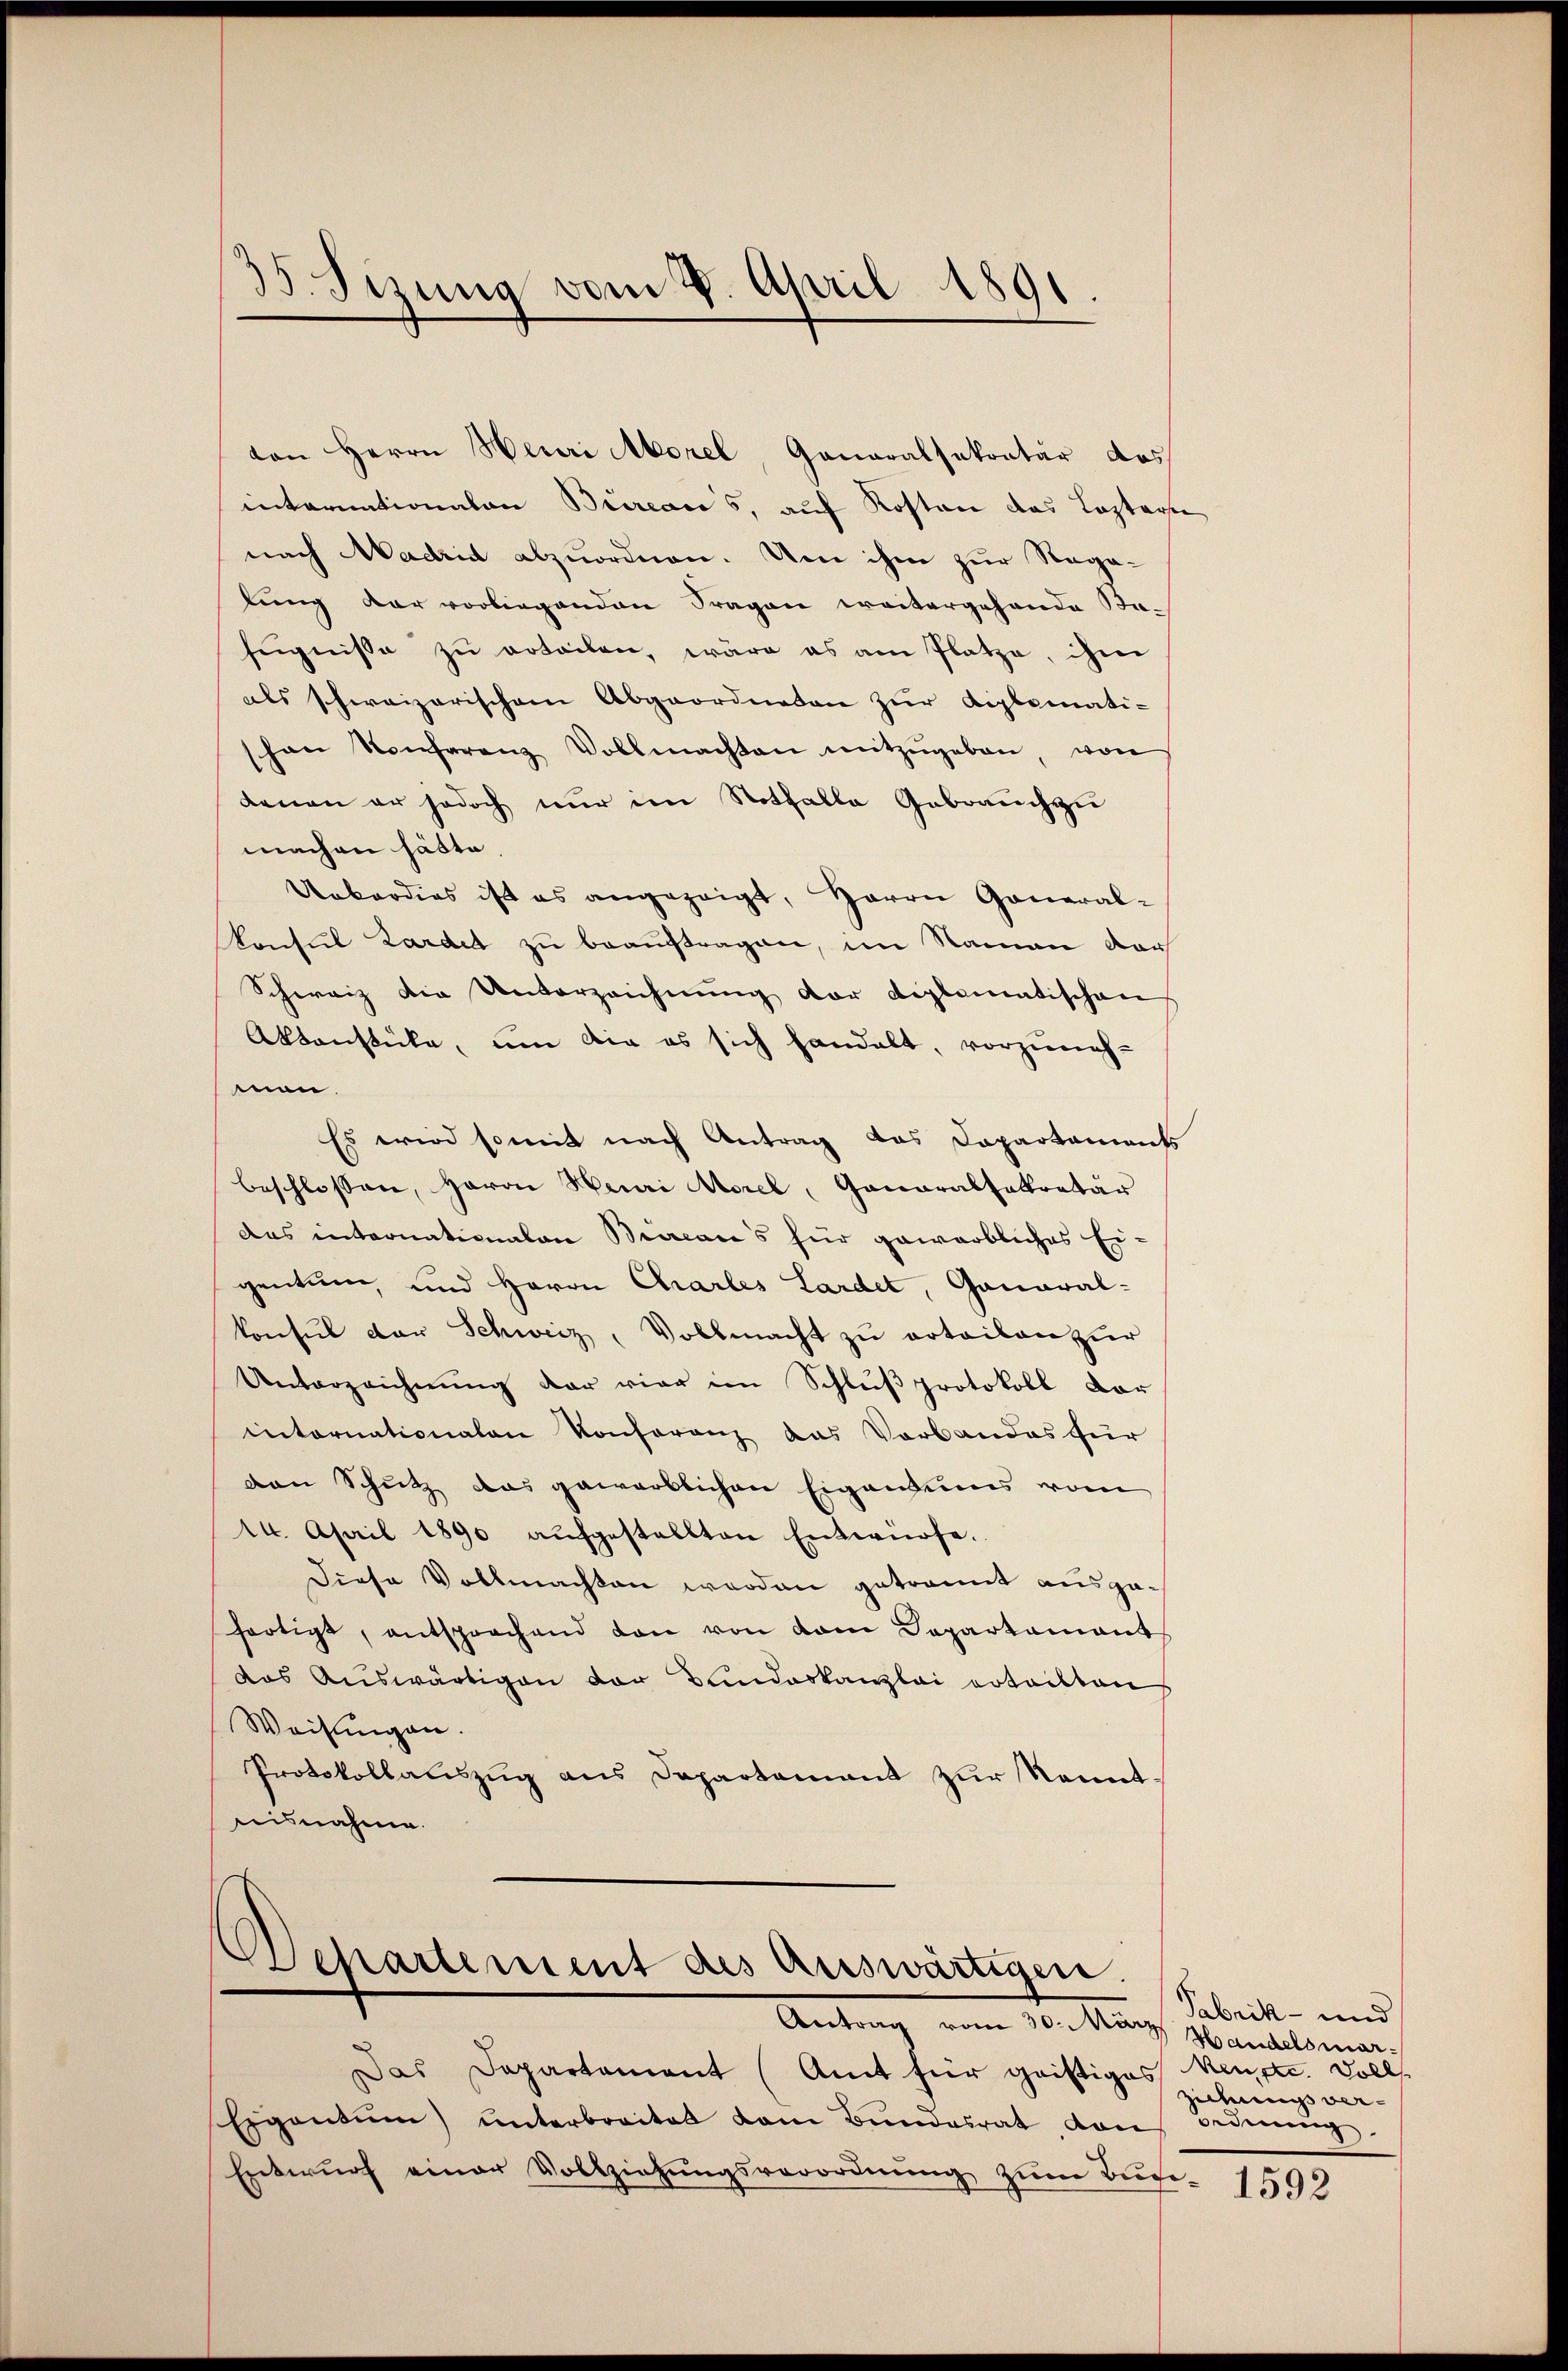
von Herrn Neuri Morel, Ganaralsekretär das
internationalen Büreaces, auf Kosten das Leztere
nach Madrid abzuordnen. Um ihm zur Regalung der vorliegenden Fragen weitergehende Bafugnisse zu erteilen, wäre es am Platze, ihm
als schweizerischen Abgeordneten zŭr Kiplomati-
schon Konferenz Vollmachten mitzŭgeben, von
denen er jedoch nur im Notfalle Gebrauch zu
machen hätte.
Ueberdies ist es angezeigt, Herrn General-
Konsul Zardet zu beauftragen, im Namen dar
Schweiz die Unterzeichnung der diplomatischen
Aktenstücke, um die es sich handelt, vorzuneh-
men.
Es wird somit nach Antrag das Dapartaments
beschlossen, Herrn Henri Morel, Ganaralsekretär
das internationalen Brocace's für gewarbliches Ei-
gentum, und Herrn Charles Lardet, Ganaral-
konsul der Schweiz, Vollmacht zu ertailan zur
Unterzeichnung der vier im Schluß protokoll vor
internationalen Konferenz das Verbandes für
ven Schutz das gewerblichen Eigentums vom
14. April 1890 aŭfgestellten Entwürfe.
Diese Vollmachten worden getrannt ausgefortigt, entsprochend den von dem Departamant
das Auswärtigen der Bundeskanzlei erteilten
Weisungen.
Protokollauszug aus Departement zur kannt
aisnahme.

35. Sizung vom 2. April 1891

Departement des auswärtigen.
Anto 30. März Handelsmar-

Das Departament (Amt für geistiges Neuste. Soll
Eigentum) ŭnterbreitet dem Bŭndesrat, von
Entwŭrf einer Vollziehŭngsverordnŭng zŭm Bŭche

Fabrik- und
ziehungs ver-
Beding

1592